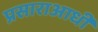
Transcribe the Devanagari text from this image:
प्रसाराआधी